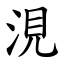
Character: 涀